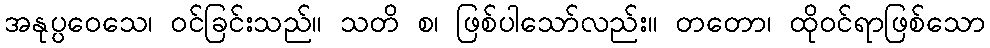
အနုပ္ပဝေသေ၊ ဝင်ခြင်းသည်။ သတိ စ၊ ဖြစ်ပါသော်လည်း။ တတော၊ ထိုဝင်ရာဖြစ်သော